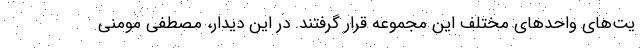
یت‌های واحدهای مختلف این مجموعه قرار گرفتند. در این دیدار، مصطفی مومنی